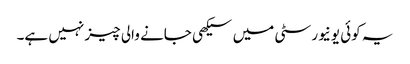
یہ کوئی یونیورسٹی میں سیکھی جانے والی چیز نہیں ہے۔